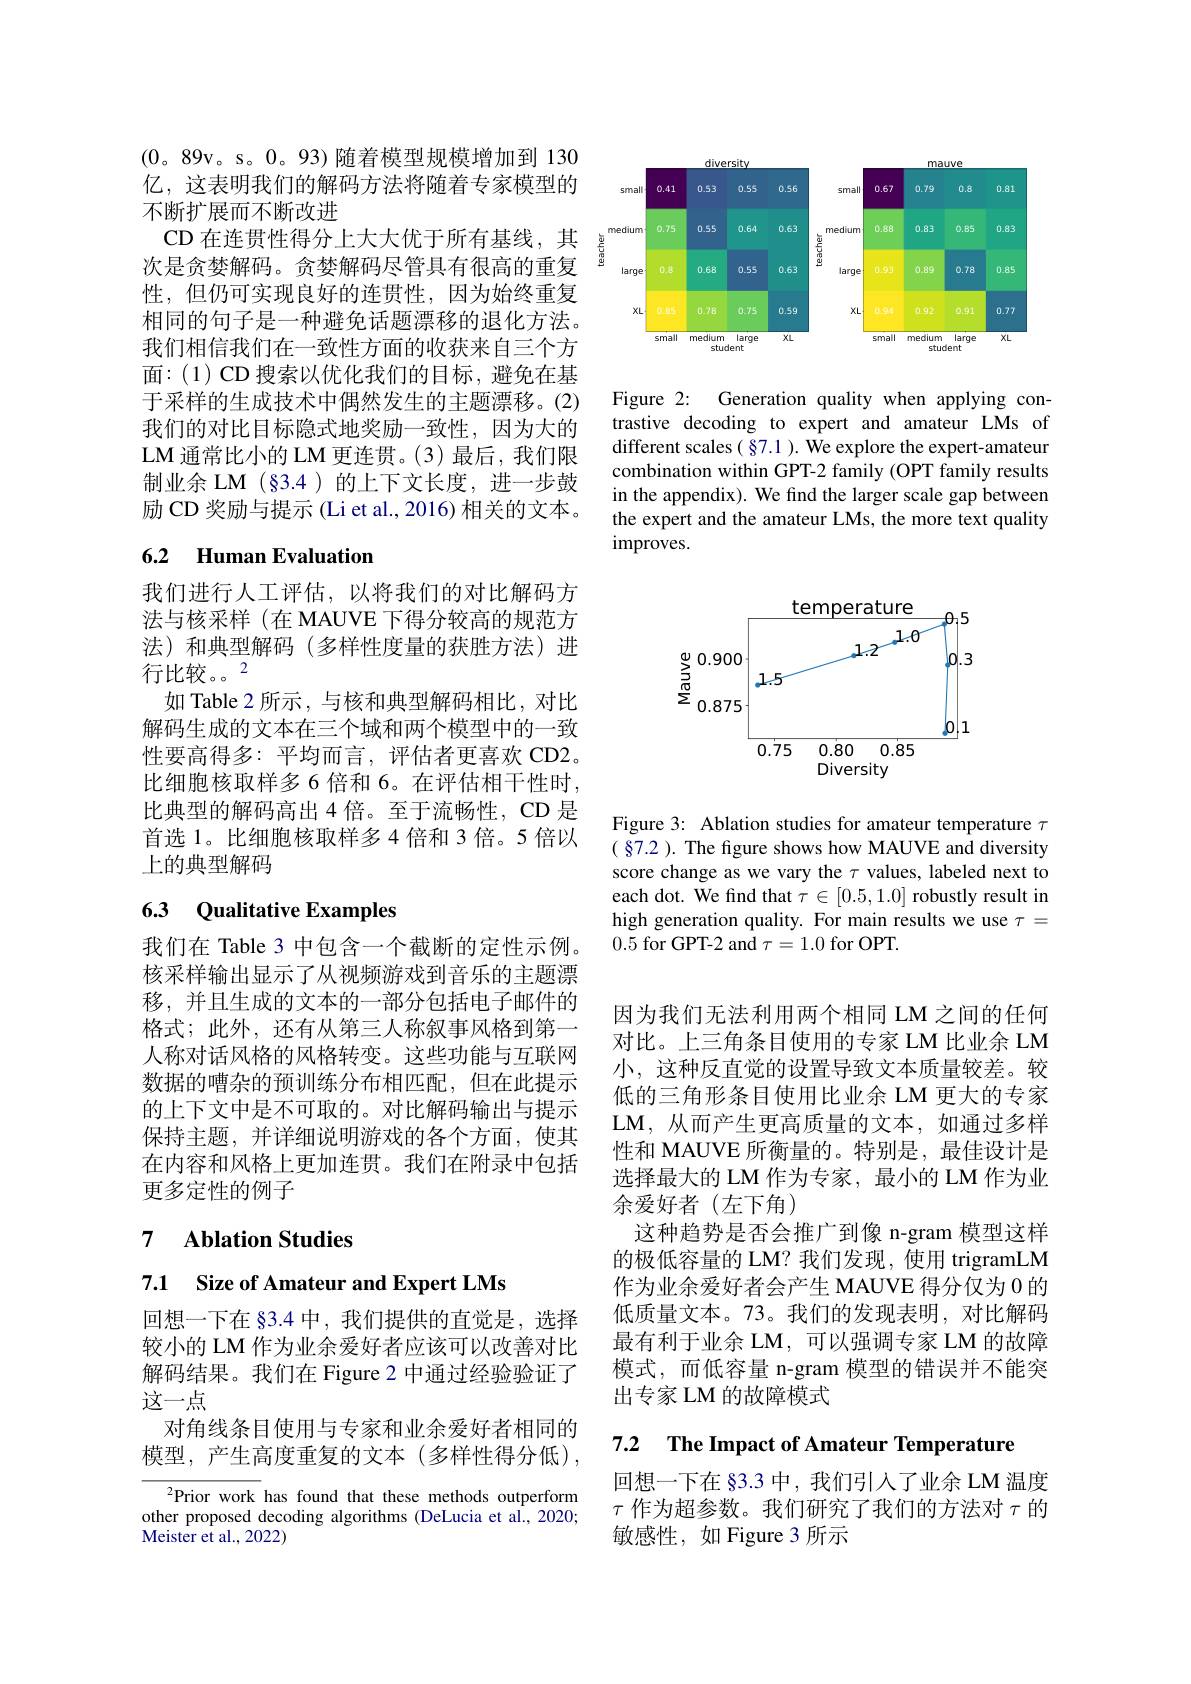
(0。89v。s。0。93)随着模型规模增加到 130亿，这表明我们的解码方法将随着专家模型的不断扩展而不断改进
CD 在连贯性得分上大大优于所有基线，其次是贪婪解码。贪婪解码尽管具有很高的重复性，但仍可实现良好的连贯性，因为始终重复相同的句子是一种避免话题漂移的退化方法。我们相信我们在一致性方面的收获来自三个方面：(1)CD 搜索以优化我们的目标，避免在基于采样的生成技术中偶然发生的主题漂移。(2) 我们的对比目标隐式地奖励一致性，因为大的LM 通常比小的 LM 更连贯。(3) 最后，我们限制业余 LM (§3.4)的上下文长度，进一步鼓励 CD 奖励与提示 (Li et al., 2016) 相关的文本。

# 6.2 Human Evaluation

我们进行人工评估，以将我们的对比解码方法与核采样(在 MAUVE 下得分较高的规范方法)和典型解码(多样性度量的获胜方法)进行比较。2
如 Table 2 所示，与核和典型解码相比，对比解码生成的文本在三个域和两个模型中的一致性要高得多：平均而言，评估者更喜欢 CD2。比细胞核取样多 6 倍和 6。在评估相干性时， 比典型的解码高出 4 倍。至于流畅性，CD 是首选 1。比细胞核取样多4倍和3倍。5倍以上的典型解码

# 6.3 Qualitative Examples

我们在 Table 3 中包含一个截断的定性示例。核采样输出显示了从视频游戏到音乐的主题漂移，并且生成的文本的一部分包括电子邮件的格式；此外，还有从第三人称叙事风格到第一人称对话风格的风格转变。这些功能与互联网数据的嘈杂的预训练分布相匹配，但在此提示的上下文中是不可取的。对比解码输出与提示保持主题，并详细说明游戏的各个方面，使其在内容和风格上更加连贯。我们在附录中包括更多定性的例子

## 7 $\textbf{Ablation Studies}$

7.1 $\textbf{Size of Amateur and Expert LMs}$

回想一下在 83.4 中 ,我们提供的直觉是，选择较小的 LM 作为业余爱好者应该可以改善对比解码结果。我们在 Figure 2 中通过经验验证了这一点
对角线条目使用与专家和业余爱好者相同的模型，产生高度重复的文本(多样性得分低),

$^{2}$Prior work has found that these methods outperform other proposed decoding algorithms (DeLucia et al., 2020; Meister et al., 2022)

<FigureHere>

Figure 2: Generation quality when applying contrastive decoding to expert and amateur LMs of different scales ( §7.1 ). We explore the expert-amateur combination within GPT-2 family (OPT family results in the appendix). We find the larger scale gap between the expert and the amateur LMs, the more text quality improves.

<FigureHere>

Figure 3: Ablation studies for amateur temperature $\tau$ $(§7.2).$ The fgure shows how MAUVE and diversity score change as we vary the $\tau$ values, labeled next to each dot. We find that $\tau\in[0.5,1.0]$ robustly result in high generation quality. For main results we use $\tau=$ 0.5 for GPT-2 and $\tau=1.0$ for OPT.

因为我们无法利用两个相同 LM 之间的任何对比。上三角条目使用的专家 LM 比业余 LM 小，这种反直觉的设置导致文本质量较差。较低的三角形条目使用比业余 LM 更大的专家LM,从而产生更高质量的文本，如通过多样性和 MAUVE 所衡量的。特别是，最佳设计是选择最大的 LM 作为专家，最小的 LM 作为业余爱好者(左下角)
这种趋势是否会推广到像 n-gram 模型这样的极低容量的 LM? 我们发现，使用 trigramLM 作为业余爱好者会产生 MAUVE 得分仅为 0 的低质量文本。73。我们的发现表明，对比解码最有利于业余 LM,可以强调专家 LM 的故障模式，而低容量 n-gram 模型的错误并不能突出专家 LM 的故障模式

7.2 The Impact of Amateur Temperature

回想一下在 83.3 中，我们引入了业余 LM 温度$\tau$ 作为超参数。我们研究了我们的方法对$\tau$的敏感性，如 Figure 3 所示